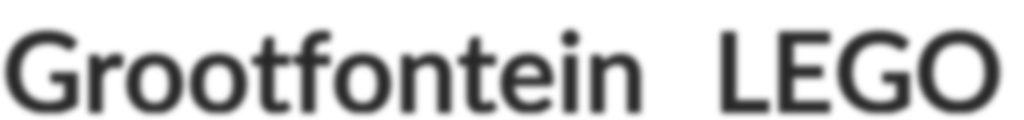
Grootfontein LEGO